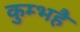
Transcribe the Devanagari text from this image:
कुम्भहै